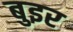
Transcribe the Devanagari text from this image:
बुइर